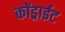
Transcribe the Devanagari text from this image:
कोंड्राईट